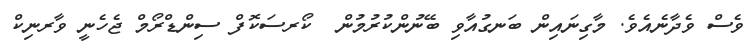
ވެސް ވެދާނެއެވެ. މާގިނައިން ބަނގުއާވި ބޭނުންކުރުމުން  ކޯރސަކޮފް ސިންޑްރޯމް ޖެހެނީ ވާރނިކް